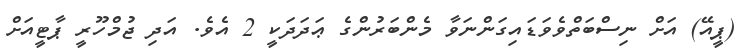
(ޕީއޭ) އަށް ނިސްބަތްވެވަޑައިގަންނަވާ މެންބަރުންގެ ޢަދަދަކީ 2 އެވެ. އަދި ޖުމްހޫރީ ޕާޓީއަށް